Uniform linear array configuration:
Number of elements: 12
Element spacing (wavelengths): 0.5
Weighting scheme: cosine
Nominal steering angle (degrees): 15
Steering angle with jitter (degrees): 14.699
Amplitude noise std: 0.05
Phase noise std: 0.05

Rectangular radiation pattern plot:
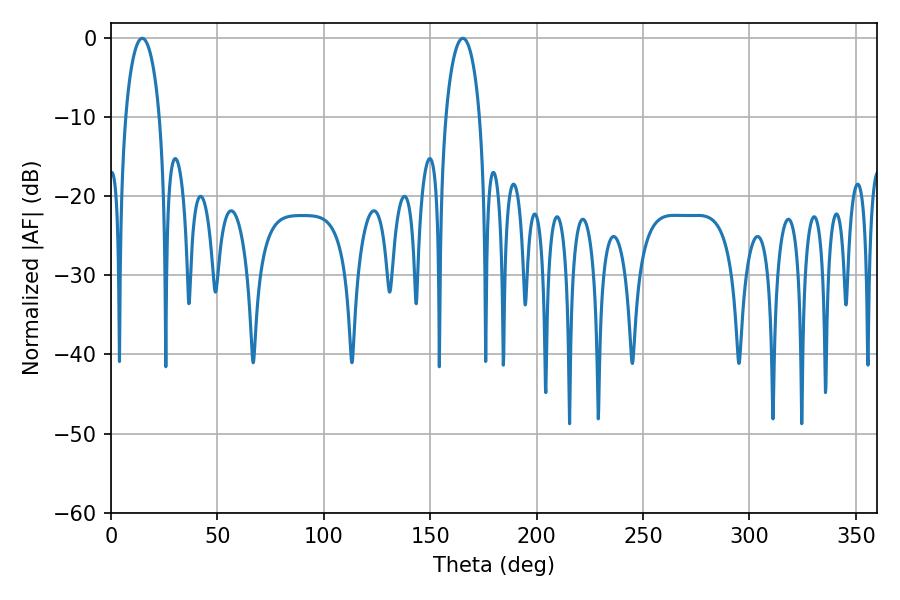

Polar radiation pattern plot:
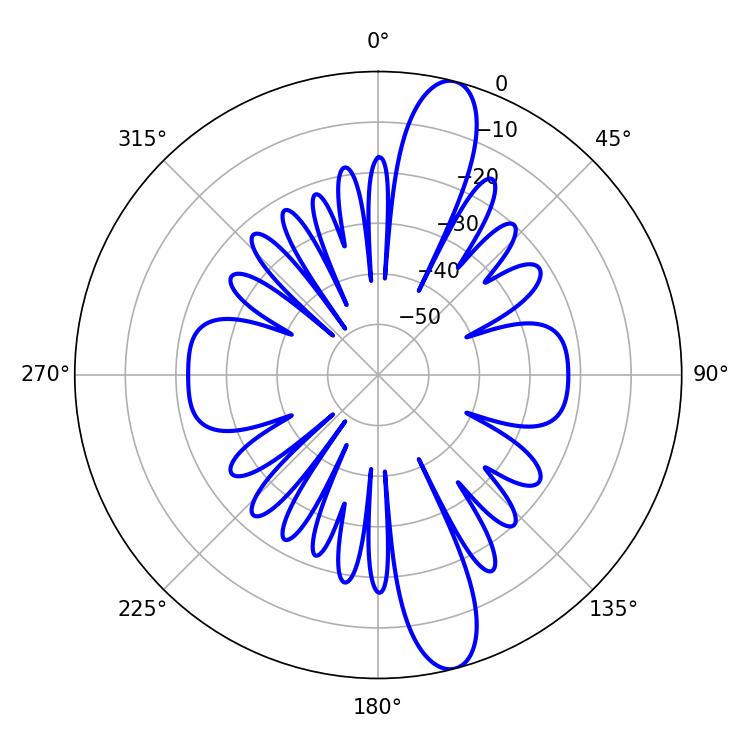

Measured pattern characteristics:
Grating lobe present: FALSE
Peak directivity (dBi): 13.587
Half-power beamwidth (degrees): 9.18
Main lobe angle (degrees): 14.76